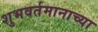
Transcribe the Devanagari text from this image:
शुभवर्तमानाच्या